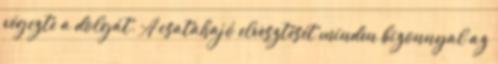
végezte a dolgát. A csatahajó elvesztését minden bizonnyal az